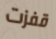
قفزت